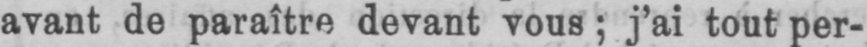
avant de paraître devant vous; j’ai tout per-